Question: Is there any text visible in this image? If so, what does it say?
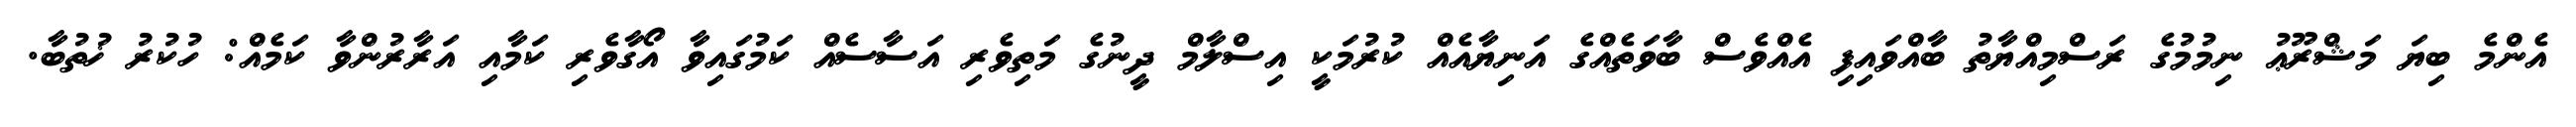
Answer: އެންމެ ބިޔަ މަޝްރޫޢު ނިމުމުގެ ރަސްމިއްޔާތު ބާއްވައިފި އެއްވެސް ބާވަތެއްގެ އަނިޔާއެއް ކުރުމަކީ އިސްލާމް ދީނުގެ މަތިވެރި އަސާސެއް ކަމުގައިވާ އޯގާވެރި ކަމާއި އަރާރުންވާ ކަމެއް: ހުކުރު ޚުތުބާ.